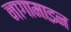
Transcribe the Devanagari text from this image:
नागामाइन